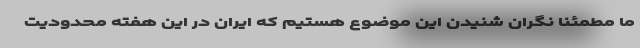
ما مطمئناً نگران شنیدن این موضوع هستیم که ایران در این هفته محدودیت